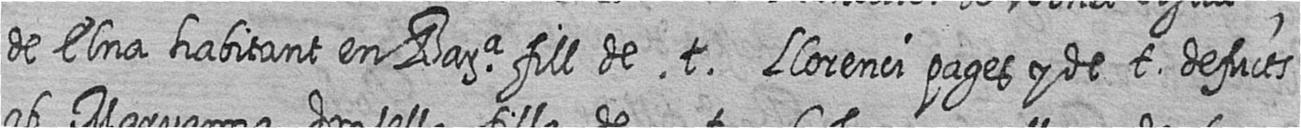
de Elna habitant en Bara fill de t Llorenci pages y de t defucts